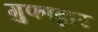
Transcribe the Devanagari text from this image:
गुफाद्वार